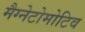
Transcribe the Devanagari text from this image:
मैग्नेटोमोटिव